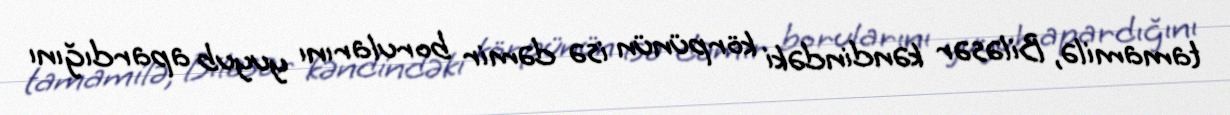
tamamilə, Biləsər kəndindəki körpünün isə dəmir borularını yuyub apardığını